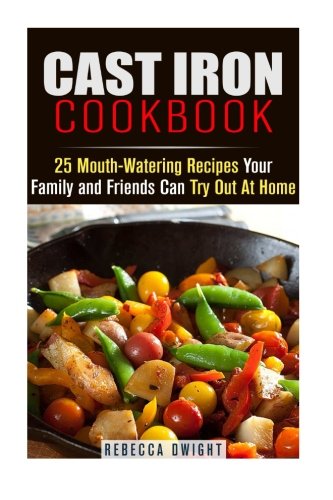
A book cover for Cast Iron Cookbook: 25 Mouth-Watering Recipes Your Family and Friends Can Try Out At Home (Cookbook for Busy People); Rebecca Dwight; Cookbooks, Food & Wine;